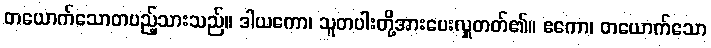
တယောက်သောတပည့်သားသည်။ ဒါယကော၊ သူတပါးတို့အားပေးလှူတတ်၏။ ဧကော၊ တယောက်သော